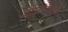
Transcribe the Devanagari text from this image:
आरत्यांमध्ये